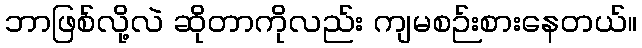
ဘာဖြစ်လို့လဲ ဆိုတာကိုလည်း ကျမစဉ်းစားနေတယ်။